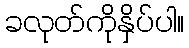
ခလုတ်ကိုနှိပ်ပါ။